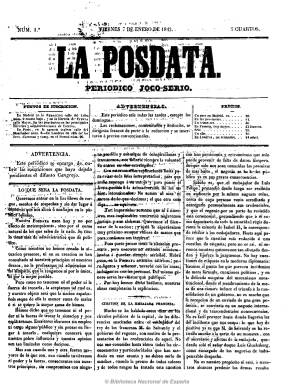
Título: La Posdata (Madrid)
Otros títulos: Boletín de noticias de La Posdata
Colección: Revistas satíricas y humorísticas || Periódicos anteriores a 1850
Ámbito geográfico: Madrid
Lugar de publicación: Madrid
Fechas: 07/01/1842-07/03/1846

Dirigido por Antonio de Heras, conde de Sanafé, quizá el más duro batallador contra el general Espartero y su regencia (1840-1843), primero a través de El cangrejo, que tras ser denunciado 19 veces fue suspendido, y en su lugar sacó este diario vespertino (excepto los domingos) con el subtítulo de “periódico joco-serio” y, que tras caer el regente, el 15 de diciembre de 1845 pasó a subtitularse “periódico político y literario”. Apareció declarándose “imparcial”, siendo afín al partido moderado y cercano al absolutismo. Fue también denunciado hasta en 31 ocasiones.

Iniciaba su primera plana con artículos de carácter político tanto nacional como extranjero, y estructurado en secciones, daba cuenta de la actualidad en Revista nacional (noticias de provincias), Revista extranjera (noticias de Europa y ultramar), Revista de prensa (repaso al resto de los periódicos), Sesiones de Cortes (actividad parlamentaria), Actos de gobierno (nombramientos, legislación, etc.) y Retazos. También publicaba un editorial bajo la cabecera del periódico, notas teatrales, información bursátil y de fondos públicos, un folletín y algunos anuncios publicitarios. Asimismo, incluía algunos grabados (dibujos) y una vez al mes publicaba caricaturas fuera del periódico. Empezó a estamparse en imprenta propia, en números de cuatro páginas y varió su formato. Tuvo como editores responsables a J. San Pelayo y José M. Villalobos. Además de su director, fueron sus redactores Agustín Esteban Collantes, N. Quintanilla y José María Albuerne, aunque sus textos carecían de firma.